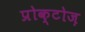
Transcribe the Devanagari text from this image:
प्रोक्टोज़